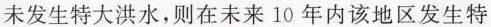
未发生特大洪水，则在未来10年内该地区发生特